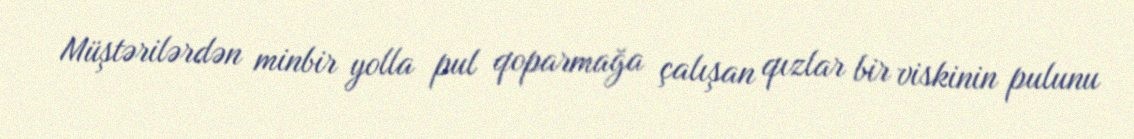
Müştərilərdən minbir yolla pul qoparmağa çalışan qızlar bir viskinin pulunu